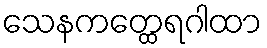
သေနကတ္ထေရဂါထာ